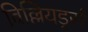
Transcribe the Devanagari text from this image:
बिल्लियर्ड्स